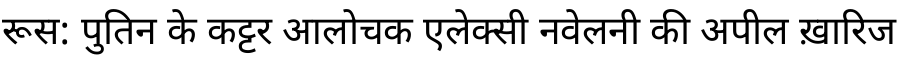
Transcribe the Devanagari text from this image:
रूस: पुतिन के कट्टर आलोचक एलेक्सी नवेलनी की अपील ख़ारिज